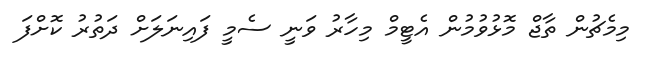
މިމެޗުން ތާޖް މޮޅުވުމުން އެޓީމް މިހާރު ވަނީ ސެމީ ފައިނަލަށް ދަތުރު ކޮށްފަ